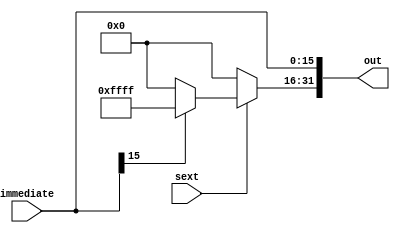
`timescale 1ns / 1ps

module signZeroExtend(immediate,sext,out);
    input [15:0] immediate;
    input sext;  //1:16immediate32
    output [31:0] out;
    
    assign out[15:0]=immediate;
    assign out[31:16]=sext?(immediate[15]?16'hffff:16'h0000):16'h0000;
    
endmodule